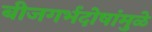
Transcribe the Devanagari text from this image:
बीजगर्भदोषांमुळे